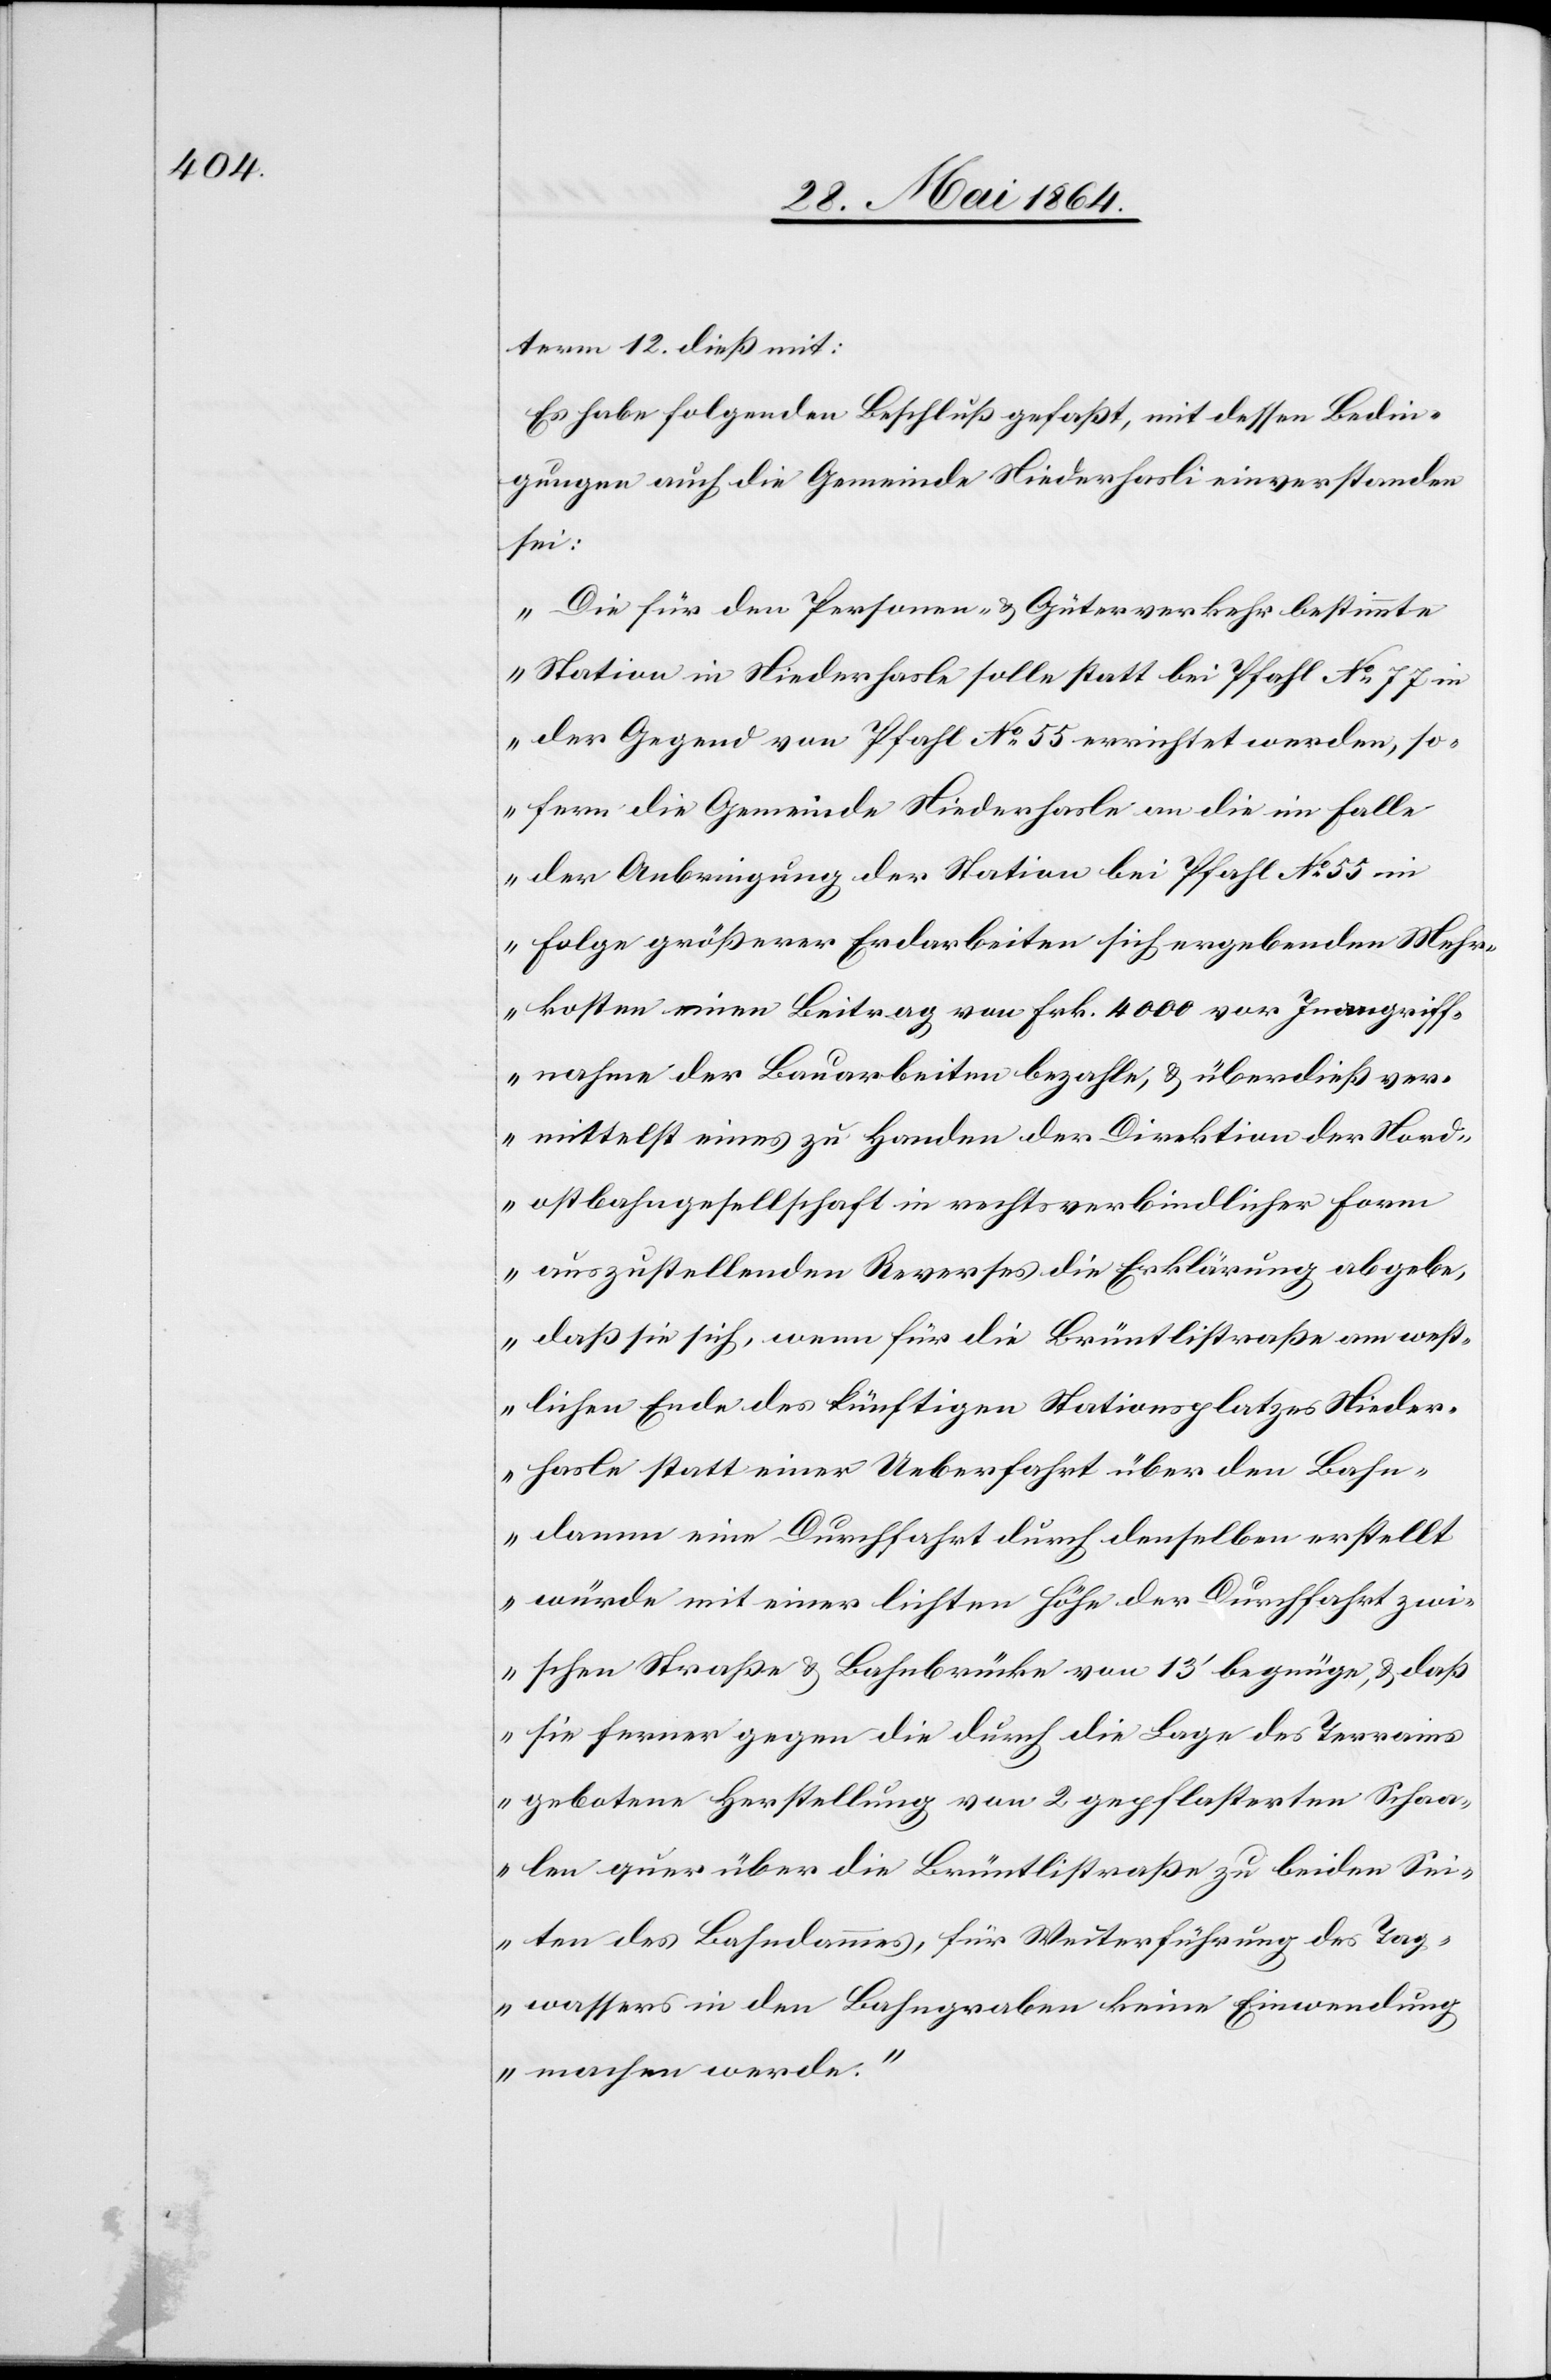
term 12. dieß mit:
Es habe folgenden Beschluß gefaßt, mit dessen Bedin¬
gungen auch die Gemeinde Niederhasli einverstanden
sei:
„Die für den Personen- u. Güterverkehr bestimmte
Station in Niederhasle solle statt bei Pfahl No 77 in
der Gegend von Pfahl No 55 errichtet werden, so¬
fern die Gemeinde Niederhasle an die im Falle
der Anbringung der Station bei Pfahl No 55 in
Folge größerer Erdarbeiten sich angebenden Mehr¬
kosten einen Beitrag von Frk. 400 vor Inangriff¬
nahme der Bauarbeiten bezahle, u. überdieß ver¬
mittelst eines zu Handen der Direktion der Nord¬
ostbahngesellschaft in rechtsverbindlicher Form
auszustellenden Reverses die Erklärung abgebe,
daß sie sich, wenn für die Brüntlistraße am west¬
lichen Ende des künftigen Stationsplatzes Nieder¬
halse statt einer Ueberfahrt über den Bahn¬
damm eine Durchfahrt durch denselben erstellt
würde mit einer lichten Höhe der Durchfahrt zwi¬
schen Straße u. Bahnbrücke von 13’ begnüge, u. daß
sie ferner gegen die durch die Lage des Terrains
gebotene Herstellung von 2 gepflasterten Schaa¬
len quer über die Brüntlistraße zu beiden Sei¬
ten des Bahndammes für Weiterführung des Tag¬
wassers in den Bahngraben keine Einwendung
machen werde.“